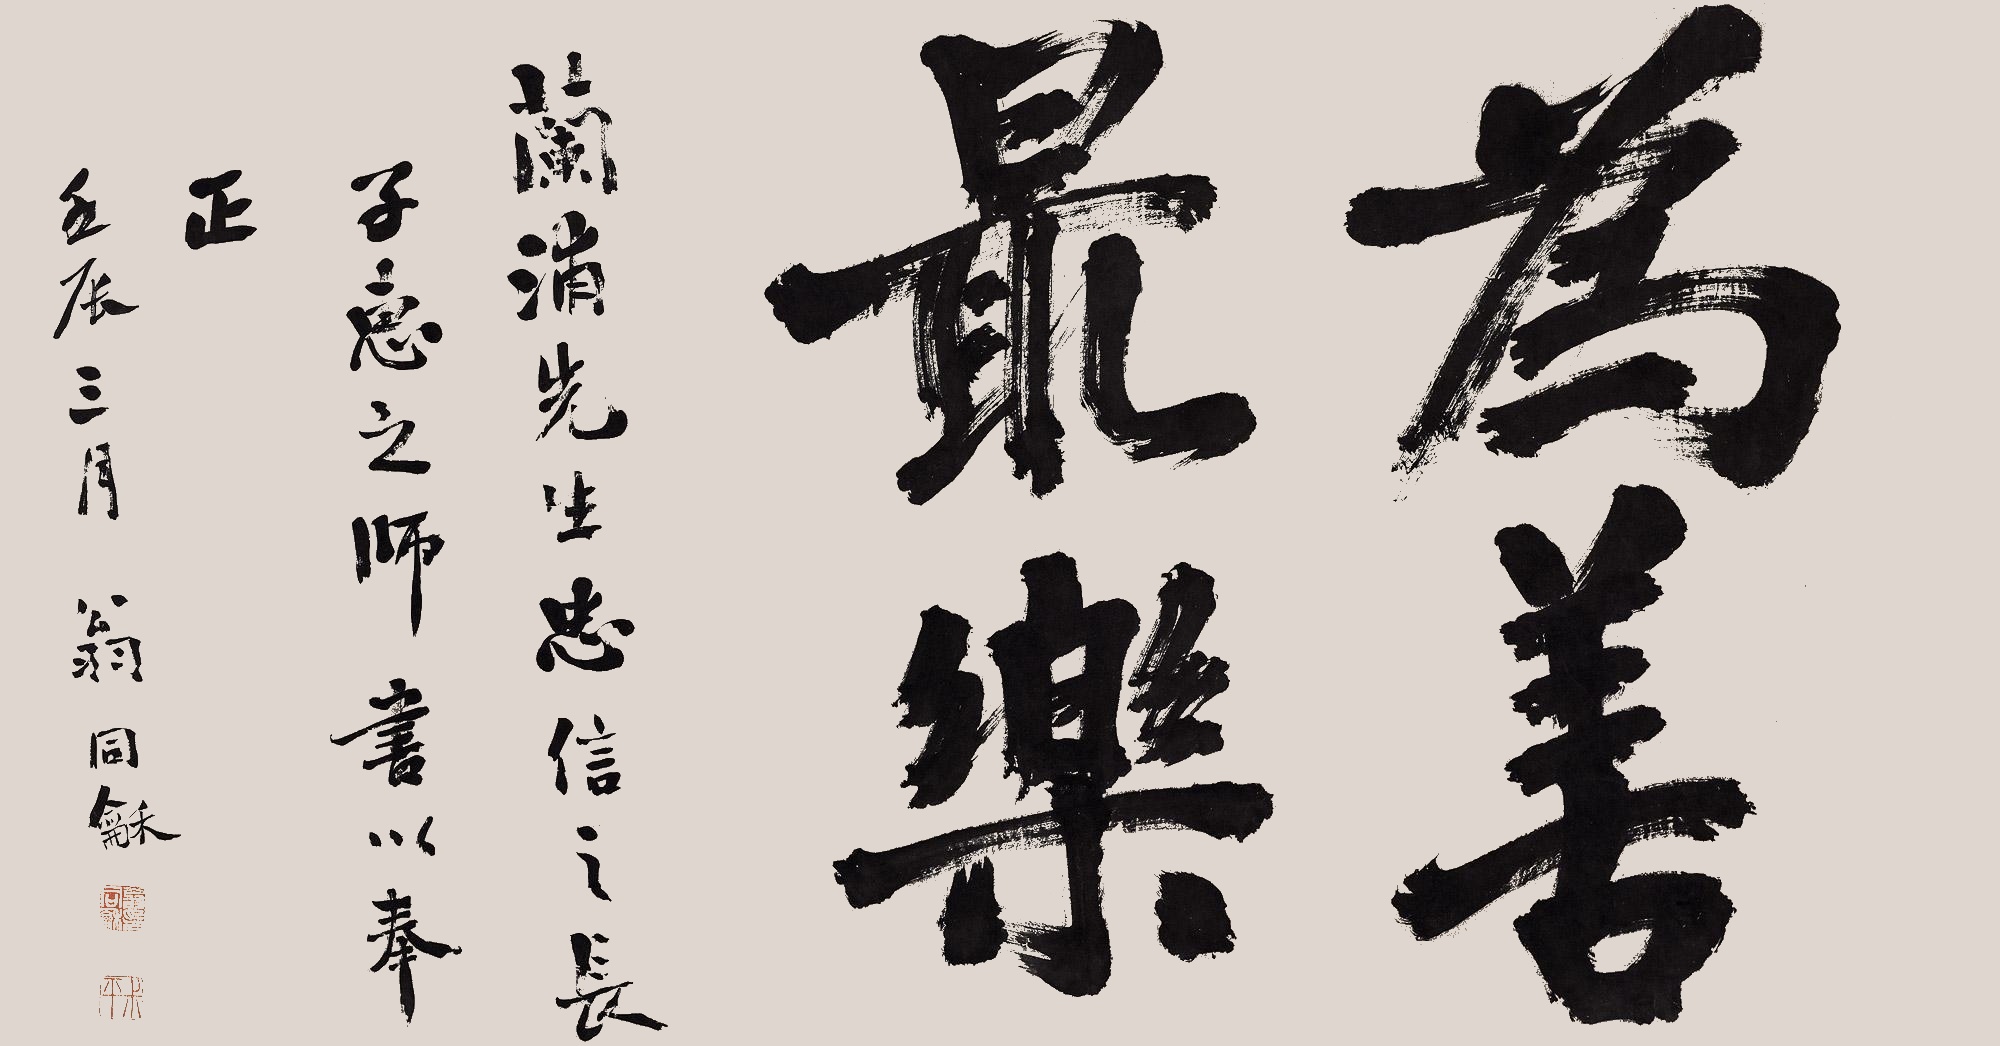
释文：为善最乐。兰浦先生忠信之长，子惠之师，书以奉正，壬辰三月，翁同龢。